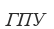
ГПУ